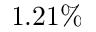
1 . 2 1 \%